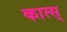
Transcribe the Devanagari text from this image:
कात्स्